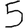
Digit: 5